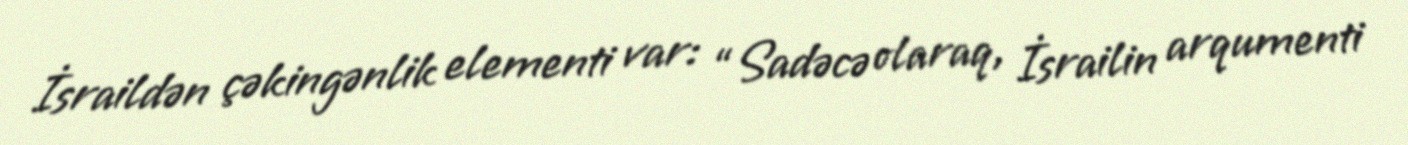
İsraildən çəkingənlik elementi var: “Sadəcə olaraq, İsrailin arqumenti